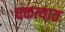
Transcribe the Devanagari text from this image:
चकत्यात